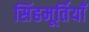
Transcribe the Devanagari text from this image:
सिंहमूर्तियाँ